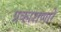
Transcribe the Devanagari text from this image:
प्रकाशणारे